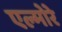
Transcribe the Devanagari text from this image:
एल्मोरे